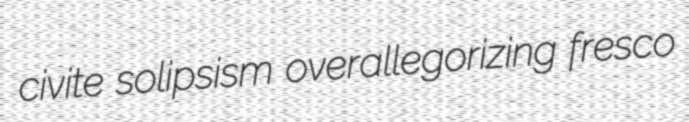
civite solipsism overallegorizing fresco